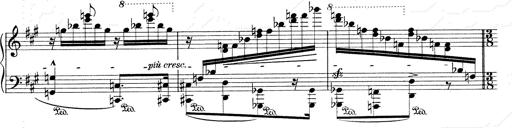
Title: Mephisto Waltz No.1
Composer: Franz Liszt